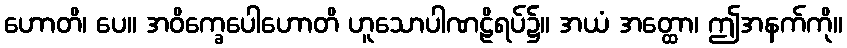
ဟောတိ၊ ပေ။ အဝိက္ခေပေါဟောတိ ဟူသောပါဏဠိရပ်၌။ အယံ အတ္ထော၊ ဤအနက်ကို။